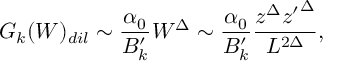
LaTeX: G _ { k } ( W ) _ { d i l } \sim { \frac { \alpha _ { 0 } } { B _ { k } ^ { \prime } } } W ^ { \Delta } \sim { \frac { \alpha _ { 0 } } { B _ { k } ^ { \prime } } } { \frac { z ^ { \Delta } { z ^ { \prime } } ^ { \Delta } } { L ^ { 2 \Delta } } } ,